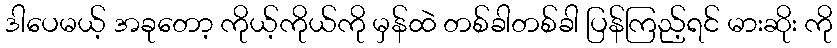
ဒါပေမယ့် အခုတော့ ကိုယ့်ကိုယ်ကို မှန်ထဲ တစ်ခါတစ်ခါ ပြန်ကြည့်ရင် မားဆိုး ကို